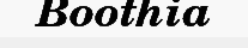
Boothia